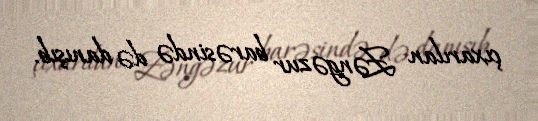
çıxarılan Zəngəzur barəsində də danışıb.